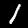
Label: 1